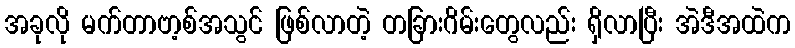
အခုလို မက်တာဗာ့စ်အသွင် ဖြစ်လာတဲ့ တခြားဂိမ်းတွေလည်း ရှိလာပြီး အဲဒီအထဲက